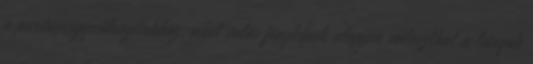
a partnerügynökségünkhöz, ahol valós fényképek alapján választhat a lányok